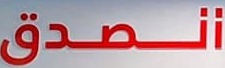
الصدق